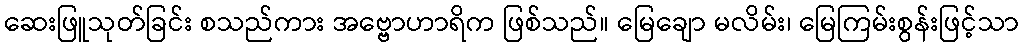
ဆေးဖြူသုတ်ခြင်း စသည်ကား အဗ္ဗောဟာရိက ဖြစ်သည်။ မြေချော မလိမ်း၊ မြေကြမ်းစွန်းဖြင့်သာ